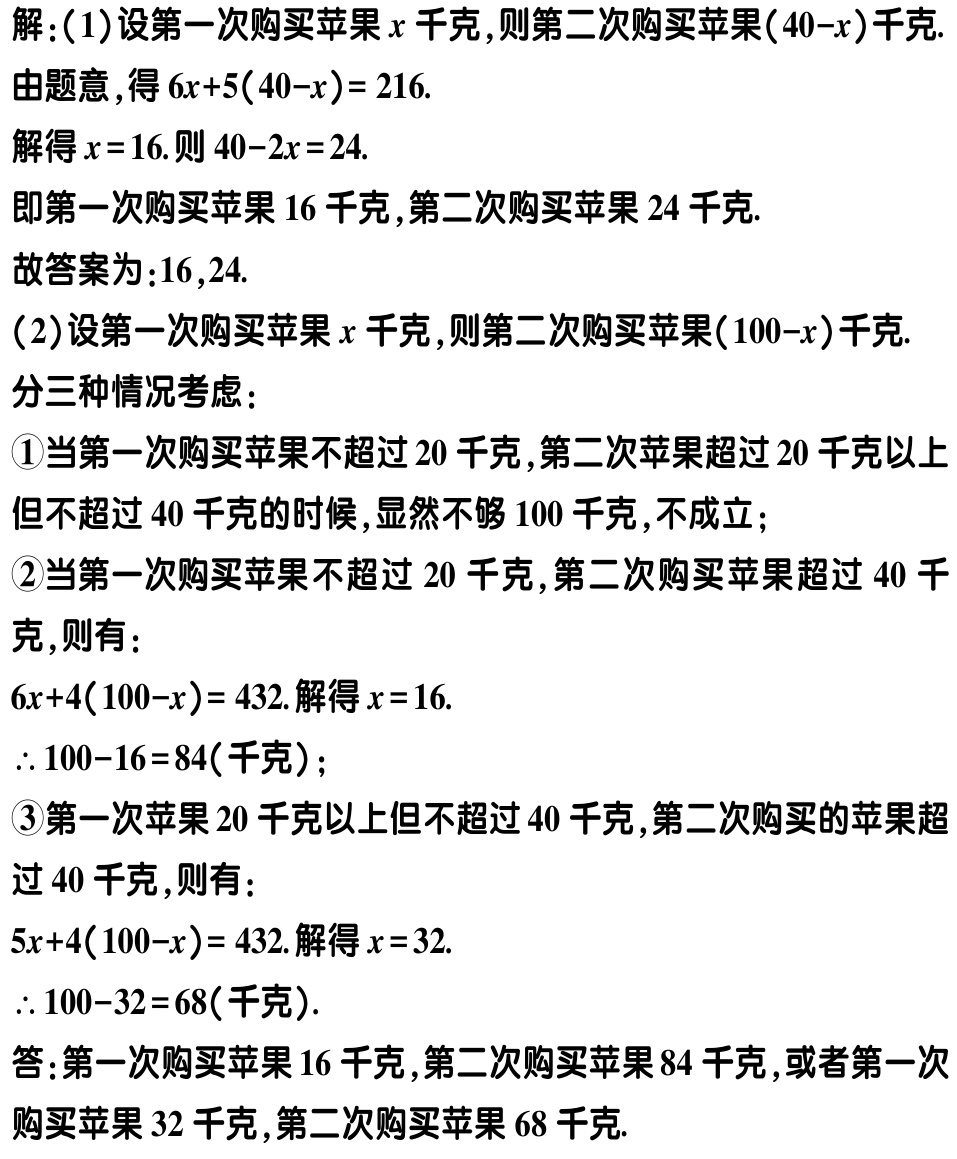
解：(1)设第一次购买苹果\(x\)千克,则第二次购买苹果\((40 - x)\)千克.

由题意，得\(6x + 5(40 - x)=216\).

解得\(x = 16\).则\(40 - 2x = 24\).

即第一次购买苹果\(16\)千克,第二次购买苹果\(24\)千克.

故答案为：\(16,24\).

(2)设第一次购买苹果\(x\)千克,则第二次购买苹果\((100 - x)\)千克.

分三种情况考虑：

\textcircled{1}当第一次购买苹果不超过\(20\)千克,第二次苹果超过\(20\)千克以上但不超过\(40\)千克的时候,显然不够\(100\)千克,不成立；

\textcircled{2}当第一次购买苹果不超过\(20\)千克,第二次购买苹果超过\(40\)千克,则有：

\(6x + 4(100 - x)=432\).解得\(x = 16\).

\(\therefore 100 - 16 = 84\)(千克)；

\textcircled{3}第一次苹果\(20\)千克以上但不超过\(40\)千克,第二次购买的苹果超过\(40\)千克,则有：

\(5x + 4(100 - x)=432\).解得\(x = 32\).

\(\therefore 100 - 32 = 68\)(千克).

答：第一次购买苹果\(16\)千克,第二次购买苹果\(84\)千克,或者第一次购买苹果\(32\)千克,第二次购买苹果\(68\)千克.